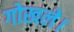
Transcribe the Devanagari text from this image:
गोखले।